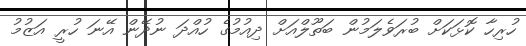
ހުރިހާ ކޮޅަކަށް ބުރަވެލަމުން ބަތޫލްއަށް ދިއުމުގެ ހުއްދަ ނުދޭން އޭނަ ހުރީ އަޒުމު